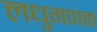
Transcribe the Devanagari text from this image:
लधुगणक